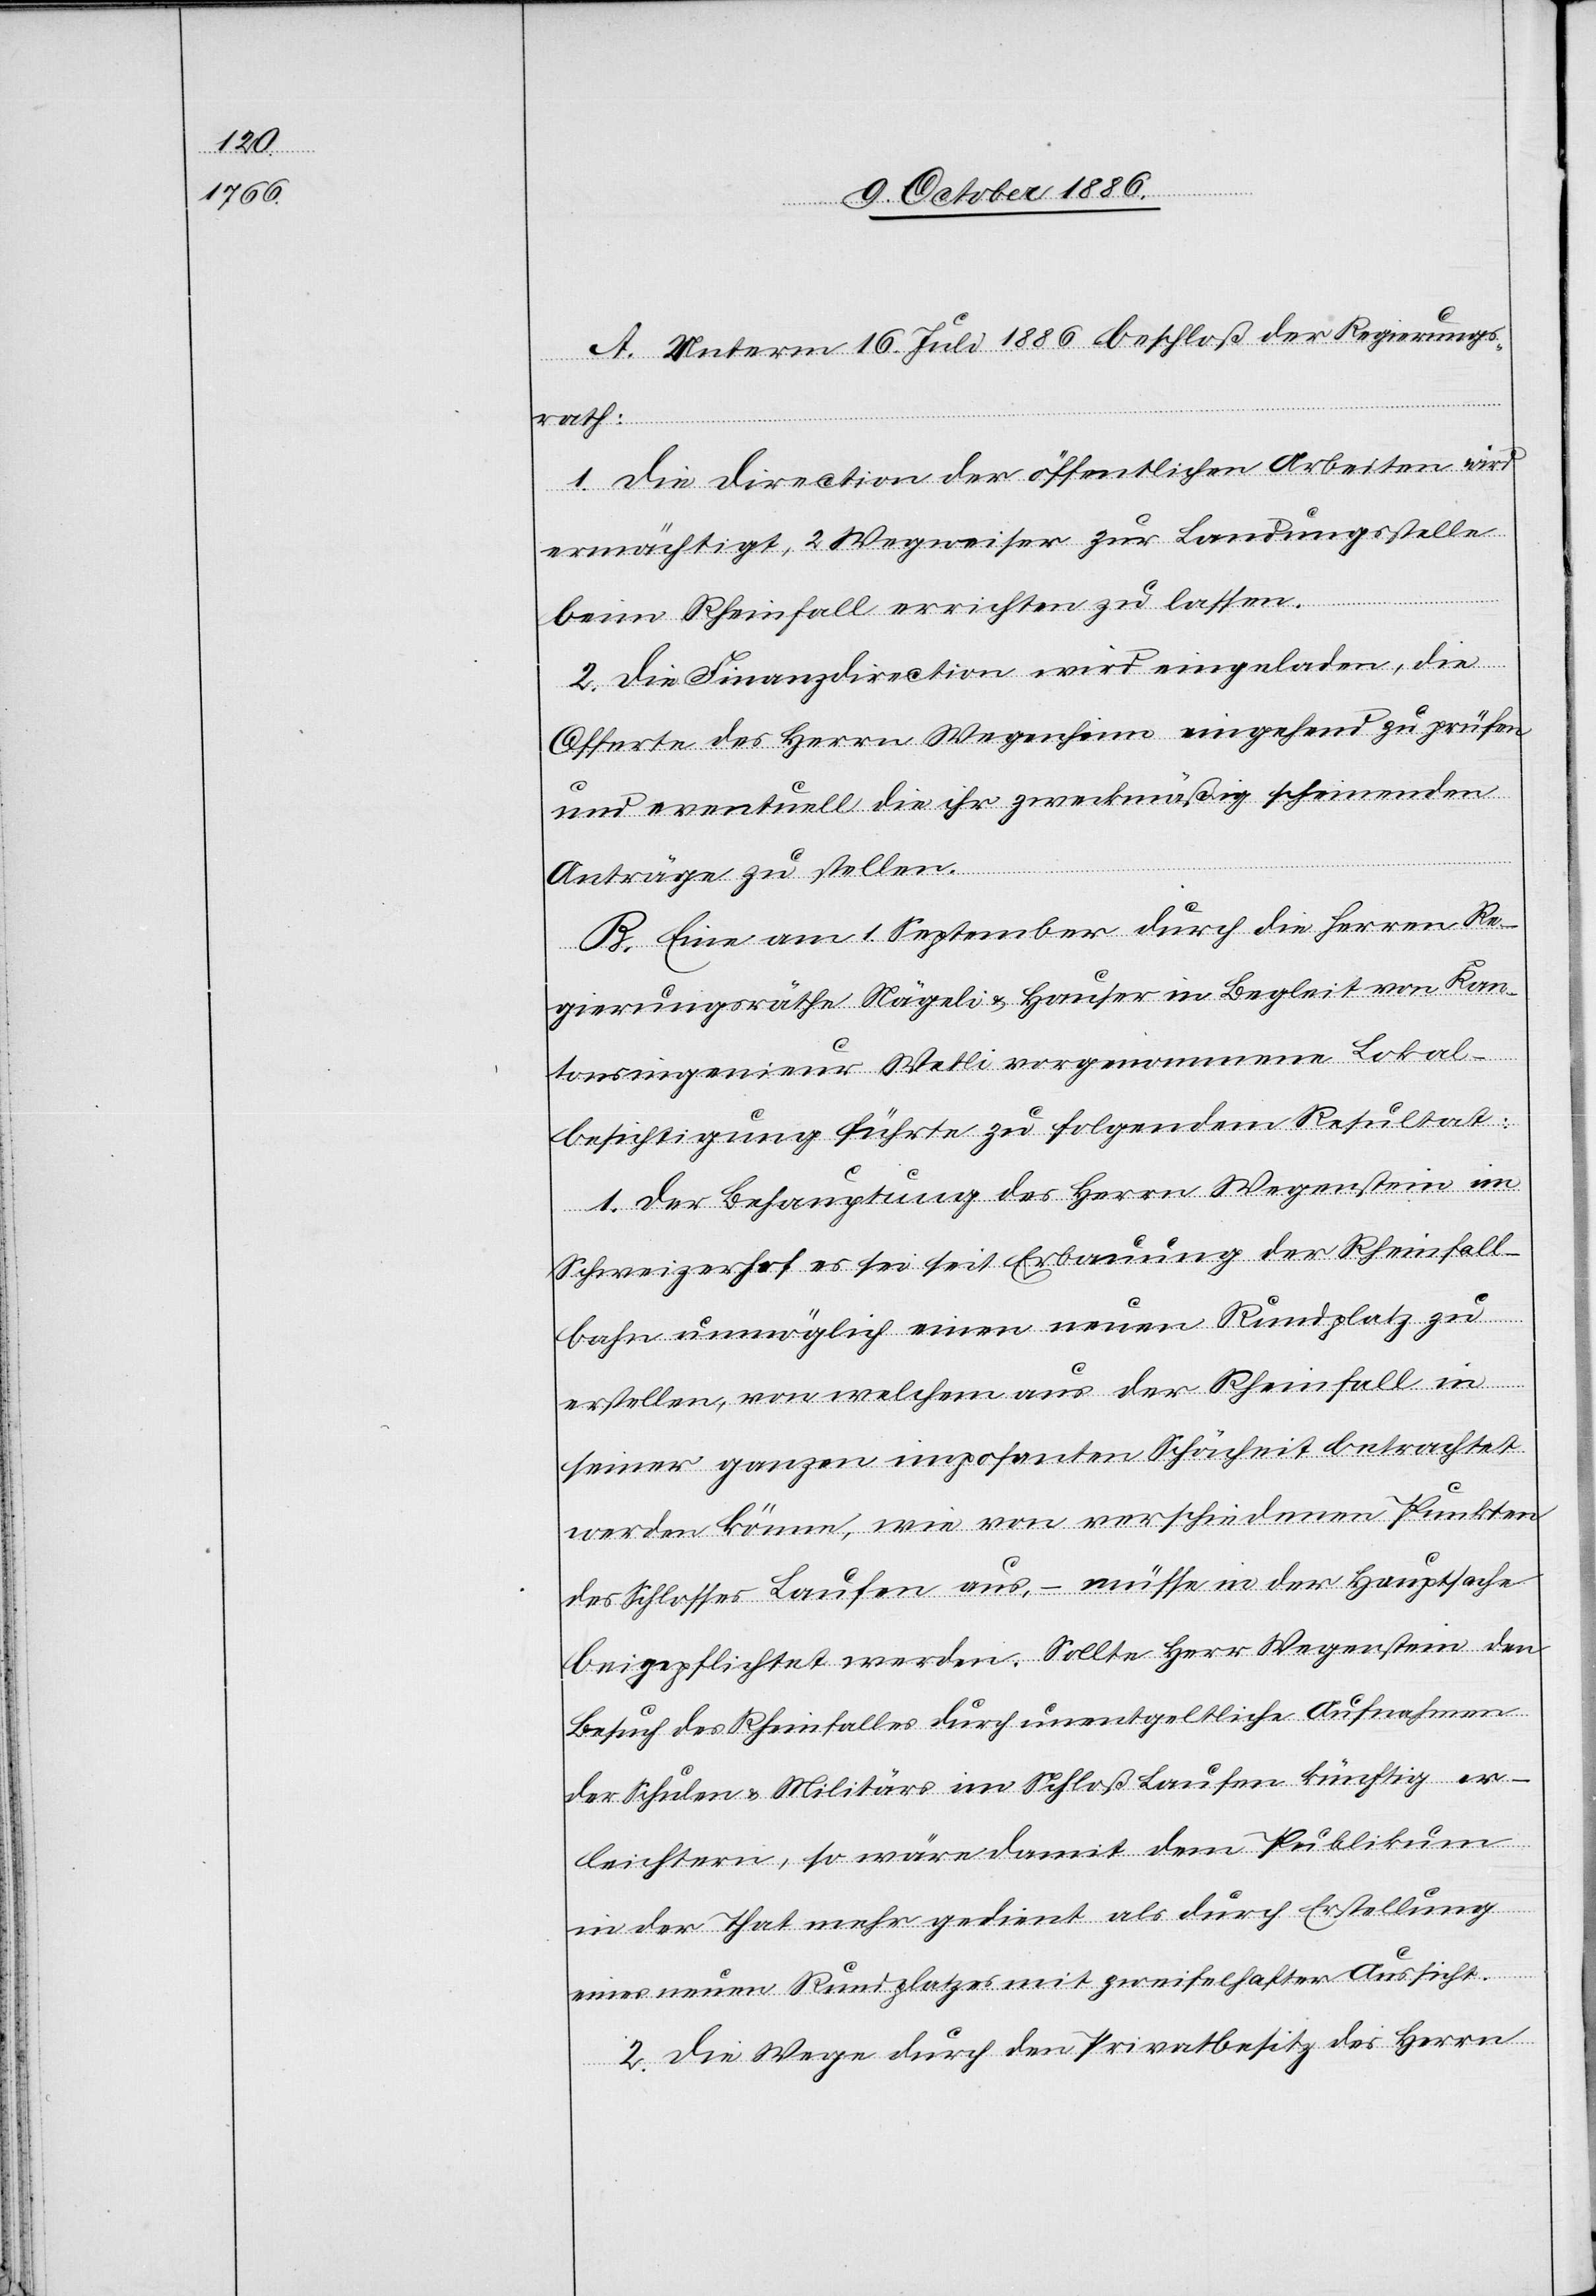
A. Unterm 16. Juli 1886 beschloß der Regierungs¬
rath:
1. Die Direction der öffentlichen Arbeiten wird
ermächtigt, 2 Wegweiser zur Landungsstelle
beim Rheinfall errichten zu lassen.
2. Die Finanzdirection wird eingeladen, die
Offerte des Herrn Wegenheim eingehend zu prüfen
und eventuell die ihr zweckmäßig scheinenden
Anträge zu stellen.
B. Eine am 1. September durch die Herren Re¬
gierungsräthe Nägeli & Hauser in Begleit von Kan¬
tonsingenieur Wetli vorgenommene Lokal¬
besichtigung führte zu folgendem Resultat:
1. Der Behauptung des Herrn Wegenstein
Schweizerhof es sei seit Erbauung der Rheinfall¬
bahn unmöglich einen neuen Rundplatz zu
erstellen, von welchem aus der Rheinfall in
seiner ganzen imposanten Schönheit betrachtet
werden könne, wie von verschiedenen Punkten
des Schlosses Laufen aus, – müsse in der Hauptsache
beigepflichtet werden. Sollte Herr Wegenstein den
Besuch des Rheinfalles durch unentgeltliche Aufnahmen
der Schulen & Militärs im Schloß Laufen künftig er¬
leichtern, so wäre damit dem Publikum
in der That mehr gedient als durch Erstellung
eines neuen Rundplatzes mit zweifelhafter Aussicht.
2. Die Wege durch den Privatbesitz des Herrn